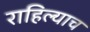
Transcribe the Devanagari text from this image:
राहिल्याच